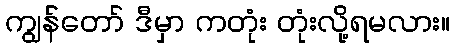
ကျွန်တော် ဒီမှာ ကတုံး တုံးလို့ရမလား။